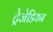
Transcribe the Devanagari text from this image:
ट्रेजेडियन